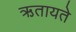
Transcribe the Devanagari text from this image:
ऋतायते